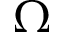
\boldsymbol { \Omega }